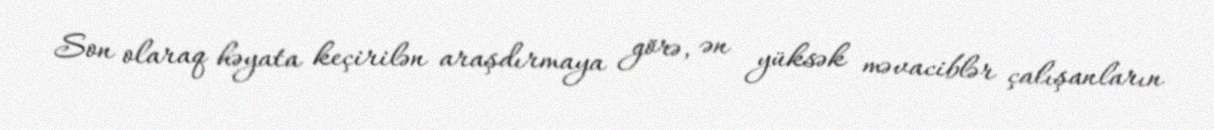
Son olaraq həyata keçirilən araşdırmaya görə, ən yüksək məvaciblər çalışanların